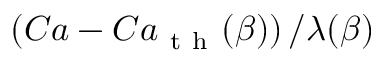
\left( C a - C a _ { \mathrm { ~ t ~ h ~ } } ( \beta ) \right) / \lambda ( \beta )